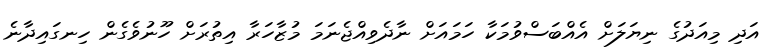
އަދި މިއަދުގެ ނިޔަލަށް އެއްބަސްވުމަކާ ހަމައަށް ނާދެވިއްޖެނަމަ މުޒާހަރާ އިތުރަށް ހޫނުވެގެން ހިނގައިދާނެ